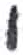
אות: י